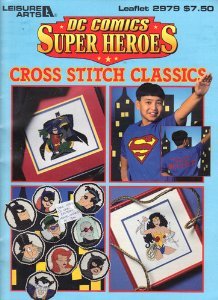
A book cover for DC COMICS SUPER HEROES CROSS STITCH CLASSICS (Leaflet 2979); Leisure Arts; Crafts, Hobbies & Home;